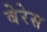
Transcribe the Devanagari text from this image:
बेरेस